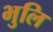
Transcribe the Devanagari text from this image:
भुलि